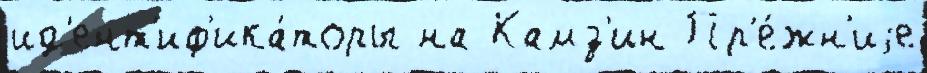
ид'ент'иф'ика́торы на Камз'ин Пр'е́жн'иjе